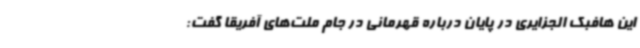
این هافبک الجزایری در پایان درباره قهرمانی در جام ملت‌های آفریقا گفت: